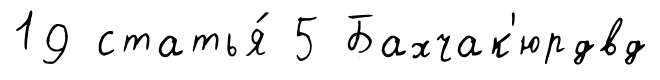
19 статья́ 5 Бахчак'юрдвд